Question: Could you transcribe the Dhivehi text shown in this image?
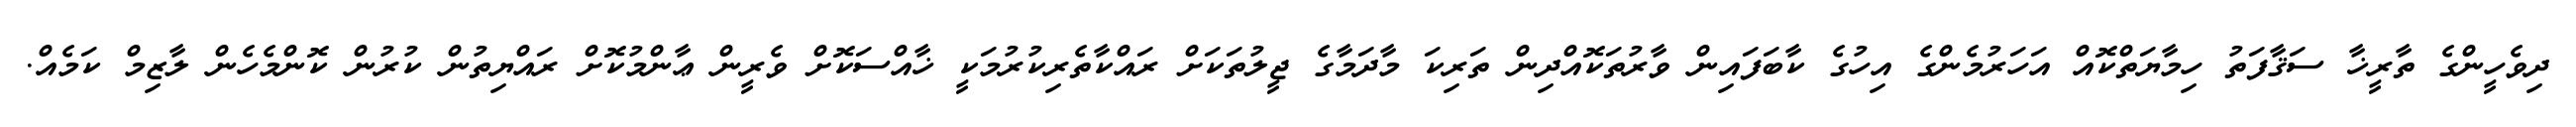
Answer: ދިވެހީންގެ ތާރީޚާ ސަޤާފަތު ހިމާޔަތްކޮއް އަހަރުމެންގެ އިހުގެ ކާބަފައިން ވާރުތަކޮއްދިން ތަރިކަ މާދަމާގެ ޖީލުތަކަށް ރައްކާތެރިކުރުމަކީ ޚާއްސަކޮށް ވެރީން ޢާންމުކޮށް ރައްޔިތުން ކުރުން ކޮންމެހެން ލާޒިމް ކަމެއް.